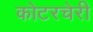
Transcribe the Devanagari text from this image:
कोटरचेरी